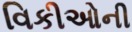
વિકીઓની